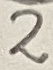
Text: 2